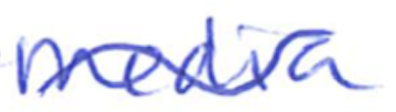
Text: Media
Cross-out: wave
Writing tool: ballpoint